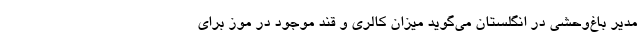
مدیر باغ‌وحشی در انگلستان می‌گوید میزان کالری و قند موجود در موز برای